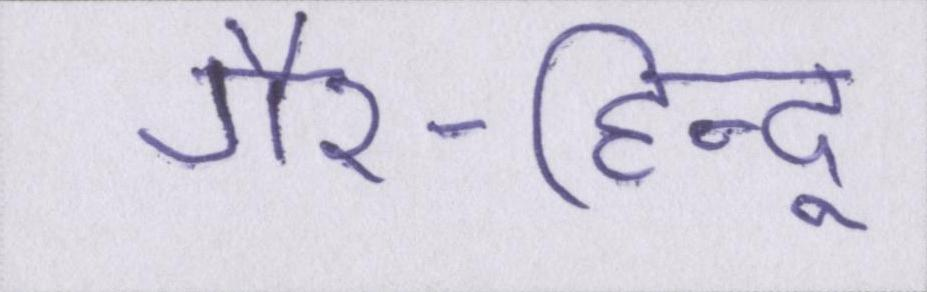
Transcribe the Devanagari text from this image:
गैर-हिन्दू